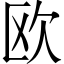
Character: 欧